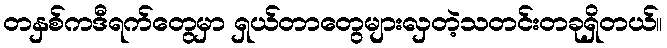
တနှစ်ကဒီရက်တွေမှာ ရှယ်တာတွေများလှတဲ့သတင်းတခုရှိတယ်။